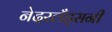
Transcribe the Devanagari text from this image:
नेदरलँड्सनी